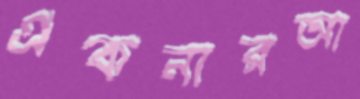
একনারআ